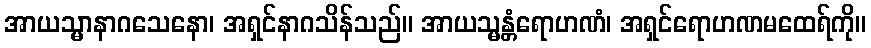
အာယသ္မာနာဂသေနော၊ အရှင်နာဂသိန်သည်။ အာယသ္မန္တံရောဟဏံ၊ အရှင်ရောဟဏမထေရ်ကို။